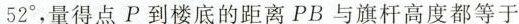
5 2 ^ { ° }$$，量得点P到楼底的距离PB与旗杆高度都等于